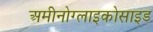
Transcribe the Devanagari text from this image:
अमीनोग्लाइकोसाइड